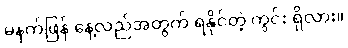
မနက်ဖြန် နေ့လည်အတွက် ရနိုင်တဲ့ ကွင်း ရှိလား။